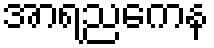
အာရညကေန